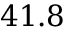
4 1 . 8